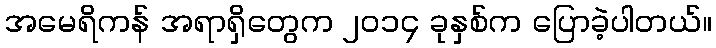
အမေရိကန် အရာရှိတွေက ၂၀၁၄ ခုနှစ်က ပြောခဲ့ပါတယ်။